画像に写った文字を読んでください
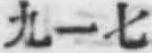
「九ー七」と書いてあります